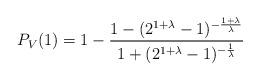
LaTeX: \begin{align*}P_{V}(1) &=1- \frac{1-(2^{1+\lambda}-1)^{-\frac{1+\lambda}{\lambda}}}{1+(2^{1+\lambda}-1)^{-\frac{1}{\lambda}}} \end{align*}